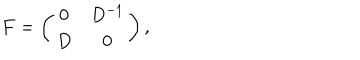
F = \left( \begin{array} { c c } { { 0 } } & { { D ^ { - 1 } } } \\ { { D } } & { { 0 } } \\ \end{array} \right) ,